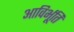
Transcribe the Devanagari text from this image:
आविर्भूति